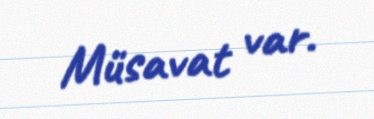
Müsavat var.